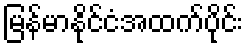
မြန်မာနိုင်ငံအထက်ပိုင်း